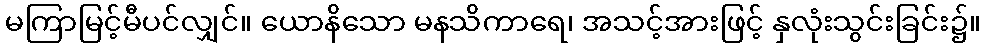
မကြာမြင့်မီပင်လျှင်။ ယောနိသော မနသိကာရေ၊ အသင့်အားဖြင့် နှလုံးသွင်းခြင်း၌။